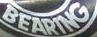
BEARING